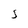
Character: S